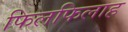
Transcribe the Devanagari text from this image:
फिलफिलाह